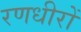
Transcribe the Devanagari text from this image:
रणधीरों